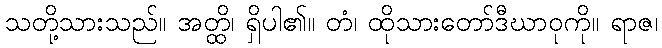
သတို့သားသည်။ အတ္ထိ၊ ရှိပါ၏။ တံ၊ ထိုသားတော်ဒီဃာဝုကို။ ရာဇ၊